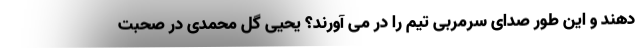
دهند و این طور صدای سرمربی تیم را در می آورند؟ یحیی گل محمدی در صحبت